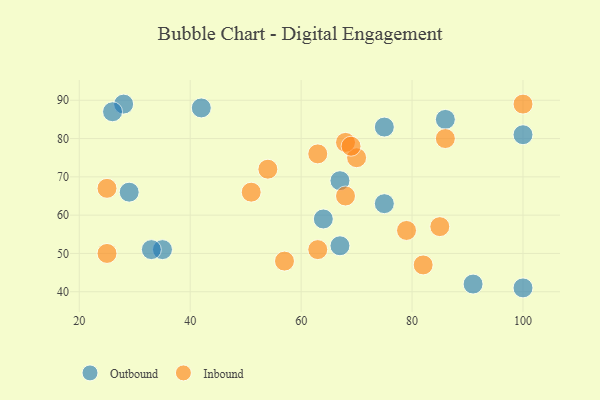
{"axis": {"x": "GDP", "y": "Life Expectancy"}, "legend": ["Inbound", "Outbound"], "data": [{"x": "29", "y": 66, "type": "Outbound"}, {"x": "86", "y": 85, "type": "Outbound"}, {"x": "75", "y": 63, "type": "Outbound"}, {"x": "28", "y": 89, "type": "Outbound"}, {"x": "42", "y": 88, "type": "Outbound"}, {"x": "100", "y": 81, "type": "Outbound"}, {"x": "100", "y": 41, "type": "Outbound"}, {"x": "35", "y": 51, "type": "Outbound"}, {"x": "67", "y": 69, "type": "Outbound"}, {"x": "33", "y": 51, "type": "Outbound"}, {"x": "64", "y": 59, "type": "Outbound"}, {"x": "26", "y": 87, "type": "Outbound"}, {"x": "91", "y": 42, "type": "Outbound"}, {"x": "75", "y": 83, "type": "Outbound"}, {"x": "67", "y": 52, "type": "Outbound"}, {"x": "85", "y": 57, "type": "Inbound"}, {"x": "70", "y": 75, "type": "Inbound"}, {"x": "100", "y": 89, "type": "Inbound"}, {"x": "25", "y": 67, "type": "Inbound"}, {"x": "68", "y": 65, "type": "Inbound"}, {"x": "68", "y": 79, "type": "Inbound"}, {"x": "54", "y": 72, "type": "Inbound"}, {"x": "57", "y": 48, "type": "Inbound"}, {"x": "79", "y": 56, "type": "Inbound"}, {"x": "63", "y": 51, "type": "Inbound"}, {"x": "25", "y": 50, "type": "Inbound"}, {"x": "51", "y": 66, "type": "Inbound"}, {"x": "82", "y": 47, "type": "Inbound"}, {"x": "69", "y": 78, "type": "Inbound"}, {"x": "63", "y": 76, "type": "Inbound"}, {"x": "86", "y": 80, "type": "Inbound"}]}